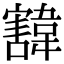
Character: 𩏓